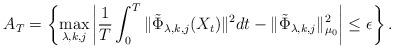
LaTeX: \begin{align*}A_T = \left\{ \max_{\lambda,k,j} \left| \frac{1}{T}\int_0^T \|\tilde{\Phi}_{\lambda,k,j}(X_t)\|^2 dt -\|\tilde{\Phi}_{\lambda,k,j}\|_{\mu_0}^2 \right| \leq \epsilon \right\} .\end{align*}